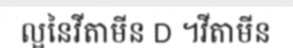
ល្អនៃវីតាមីន D ។វីតាមីន